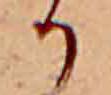
か